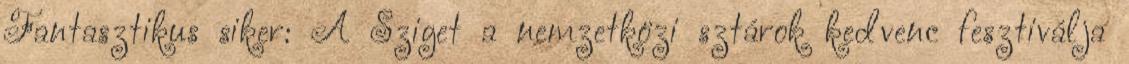
Fantasztikus siker: A Sziget a nemzetközi sztárok kedvenc fesztiválja